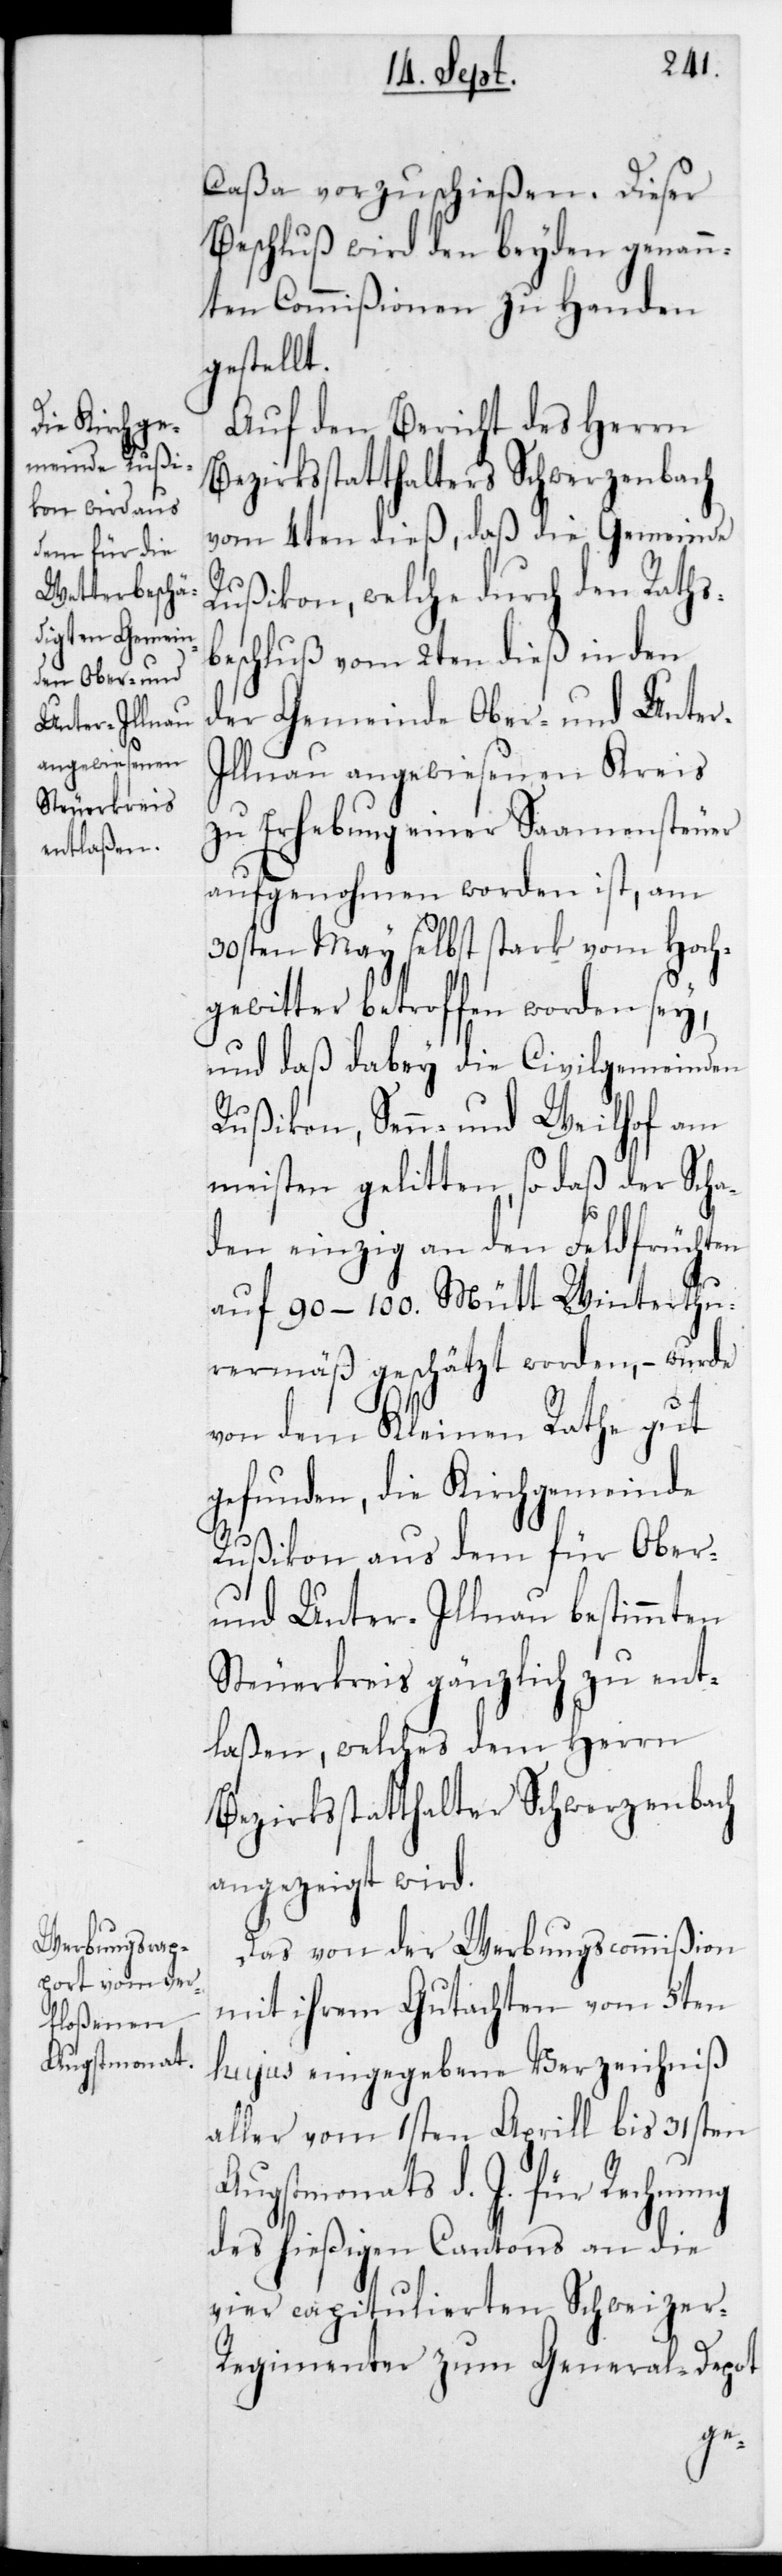
Augstmonat¬

Caßa vorzuschießen. Dieser
Beschluß wird den beyden genann¬
ten Commißionen zu Handen
gestellt.
Auf den Bericht des Herrn
Bezirksstatthalter Schwerzenbach
vom 4ten dieß, daß die Gemeinde
Rußikon, welche durch den Rathsb¬
eschluß vom 2ten dieß in den
der Gemeinde Ober- und Unte¬
r-Illnau angewiesenen Kreis
zu Erhebung einer Saamensteuer
aufgenohmen worden ist, am
30sten May selbst stark vom Hoch¬
gewitter betroffen worden sey,
und daß dabey die Civilgemeinden
Rußikon, Senn- und Weilhof am
meisten gelitten, so daß der Scha¬
den einzig an den Feldfrüchten
auf 90– 100 Mütt Winterthu¬
rermäß geschätzt worden, – wurde
von dem Kleinen Rathe gut
gefunden, die Kirchgemeinde
Rußikon aus dem für Ober-
und Unter-Illnau bestimmten
Steuerkreis gänzlich zu ent¬
laßen, welches dem Herrn
Bezirksstatthalter Schwerzenbach
angezeigt wird.
Das von der WerbungsCommißion
mit ihrem Gutachten vom 5ten
hujus eingegebene Verzeichniß
aller vom 1sten Aprill bis 31sten
s d. J. für Rechnung
des hießigen Cantons an die
vier capitulierten Schweizer-R¬
egimenter zum General-depot